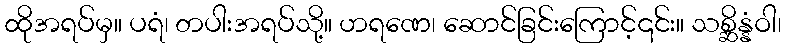
ထိုအရပ်မှ။ ပရံ၊ တပါးအရပ်သို့။ ဟရဏေ၊ ဆောင်ခြင်းကြောင့်၎င်း။ သစ္ဆိန္နံဝါ၊